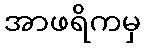
အာဖရိကမှ